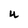
Character: U